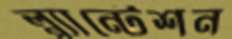
প্ল্যান্টেশন